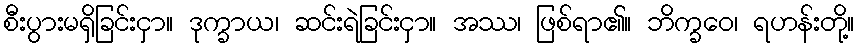
စီးပွားမရှိခြင်းငှာ။ ဒုက္ခာယ၊ ဆင်းရဲခြင်းငှာ။ အဿ၊ ဖြစ်ရာ၏။ ဘိက္ခဝေ၊ ရဟန်းတို့။